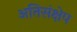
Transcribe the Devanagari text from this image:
अतिसंक्षेप